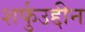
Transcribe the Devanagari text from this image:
शर्फुउद्दीन